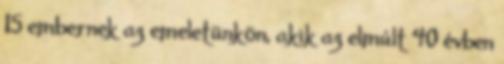
15 embernek az emeletünkön, akik az elmúlt 40 évben